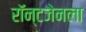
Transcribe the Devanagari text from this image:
रॉन्टजेनला